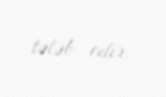
tələb edir.